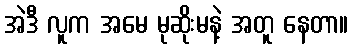
အဲဒီ လူက အမေ မုဆိုးမနဲ့ အတူ နေတာ။